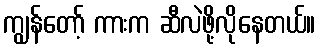
ကျွန်တော့် ကားက ဆီလဲဖို့လိုနေတယ်။